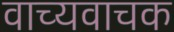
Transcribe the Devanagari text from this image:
वाच्यवाचक